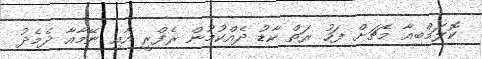
ކޮލަމްބިއާ މެޗަށް ފަހު ރަތް ކާޑު ދެއްކުމުން ރެފްރީ އާއި ނޭމާއާ ދެމެދު